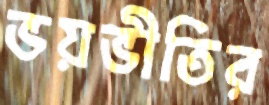
ভয়ভীতির